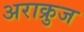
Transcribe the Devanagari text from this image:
अराक्रुज